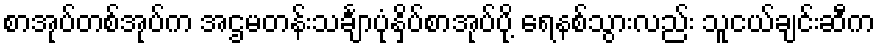
စာအုပ်တစ်အုပ်က အဌမတန်းသင်္ချာပုံနှိပ်စာအုပ်ပို့ ရေနစ်သွားလည်း သူငယ်ချင်းဆီက